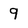
Character: 9